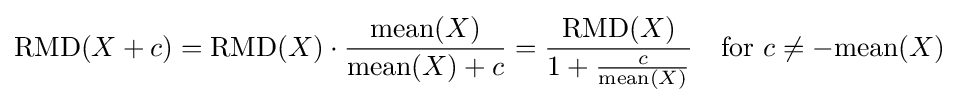
\mathrm {RMD} (X+c)=\mathrm {RMD} (X)\cdot {\frac {\mathrm {mean} (X)}{\mathrm {mean} (X)+c}}={\frac {\mathrm {RMD} (X)}{1+{\frac {c}{\mathrm {mean} (X)}}}}\quad {\text{for }}c\neq -\mathrm {mean} (X)